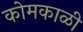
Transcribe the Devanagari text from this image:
कोमकाळी